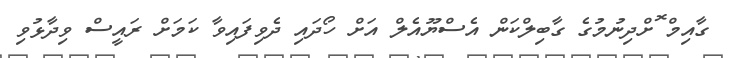
ގާއިމް ޮށްދިނުމުގެ ގާބިލްކަން އެސްޔޫއެލް އަށް ހޯދައި ދެވިފައިވާ ކަމަށް ރައީސް ވިދާޅުވި